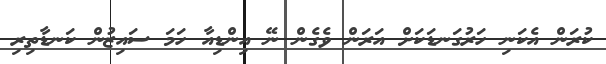
ކުރަން އެކަނި ހަރުގަނޑަކަށް އަރަން ވެގެން ނޭ އިންޑިއާ ހަމަ ސައިޒުން ކަނޑާތިރި